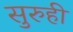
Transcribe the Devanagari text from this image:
सुरुही